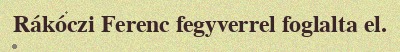
Rákóczi Ferenc fegyverrel foglalta el.